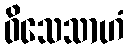
ဝိသေသာဟံ